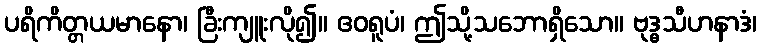
ပရိကိတ္တယမာနော၊ ခြီးကျူးလို၍။ ဧဝရူပံ၊ ဤသို့သဘောရှိသော။ ဗုဒ္ဓသီဟနာဒံ၊